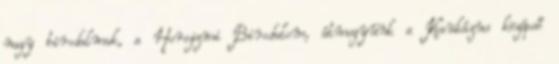
nagy birodalmak, a Horejzmi Birodalom, átmegyünk a Kaukázus középső